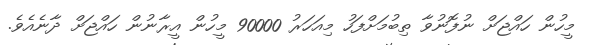
މީހުން ހައްޖަށް ނުފޮނުވާ ތިބުމަށްފަހު މިއަހަރު 90000 މީހުން އީރާނުން ހައްޖަށް ދާނެއެވެ.